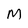
Character: M